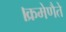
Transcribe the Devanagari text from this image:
।क्रमेणैते